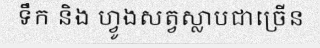
ទឹក និង ហ្វូងសត្វស្លាបជាច្រើន